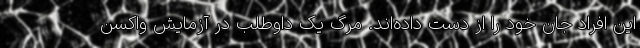
این افراد جان خود را از دست داده‌اند. مرگ یک داوطلب در آزمایش‌ واکسن